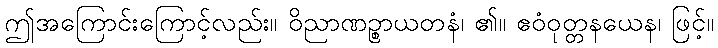
ဤအကြောင်းကြောင့်လည်း။ ဝိညာဏဉ္စာယတနံ၊ ၏။ ဧဝံဝုတ္တနယေန၊ ဖြင့်။